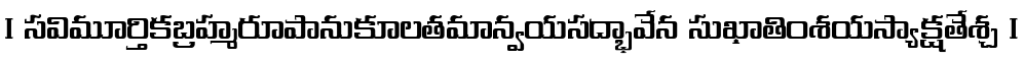
। సవిమూర్తికబ్రహ్మరూపానుకూలతమాన్వయసద్భావేన సుఖాతింశయస్యాక్షతేశ్చ ।